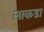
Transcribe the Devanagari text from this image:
लाकडा